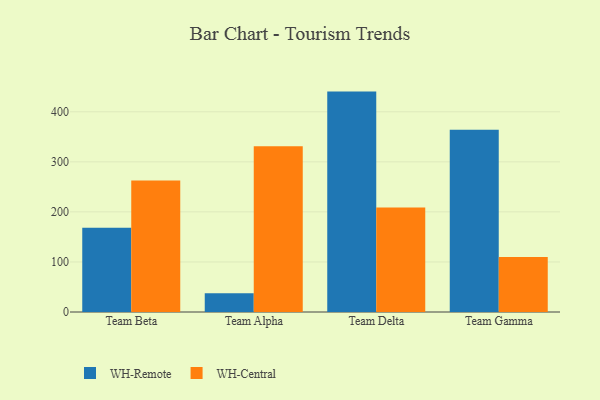
{"axis": {"x": "Team", "y": "Shipments"}, "legend": ["WH-Central", "WH-Remote"], "data": [{"x": "Team Beta", "y": 168.3, "type": "WH-Remote"}, {"x": "Team Beta", "y": 262.8, "type": "WH-Central"}, {"x": "Team Alpha", "y": 37.3, "type": "WH-Remote"}, {"x": "Team Alpha", "y": 331.1, "type": "WH-Central"}, {"x": "Team Delta", "y": 440.3, "type": "WH-Remote"}, {"x": "Team Delta", "y": 208.9, "type": "WH-Central"}, {"x": "Team Gamma", "y": 364.3, "type": "WH-Remote"}, {"x": "Team Gamma", "y": 110.0, "type": "WH-Central"}]}